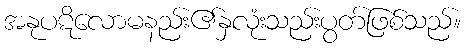
အနုပဋိလောမနည်း၏နှလုံးသည်းပွတ်ဖြစ်သည်။